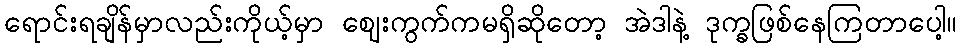
ရောင်းရချိန်မှာလည်းကိုယ့်မှာ ဈေးကွက်ကမရှိဆိုတော့ အဲဒါနဲ့ ဒုက္ခဖြစ်နေကြတာပေါ့။